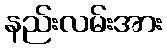
နည်းလမ်းအား